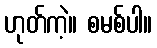
ဟုတ်ကဲ့။ စမစ်ပါ။